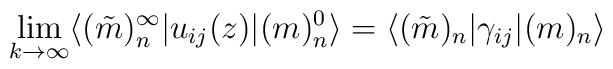
\lim_{k\rightarrow \infty} \langle (\tilde{m})_n^{\infty}|u_{ij} (z)| (m)_n^0 \rangle =\langle (\tilde{m})_n |\gamma_{ij}| (m)_n \rangle